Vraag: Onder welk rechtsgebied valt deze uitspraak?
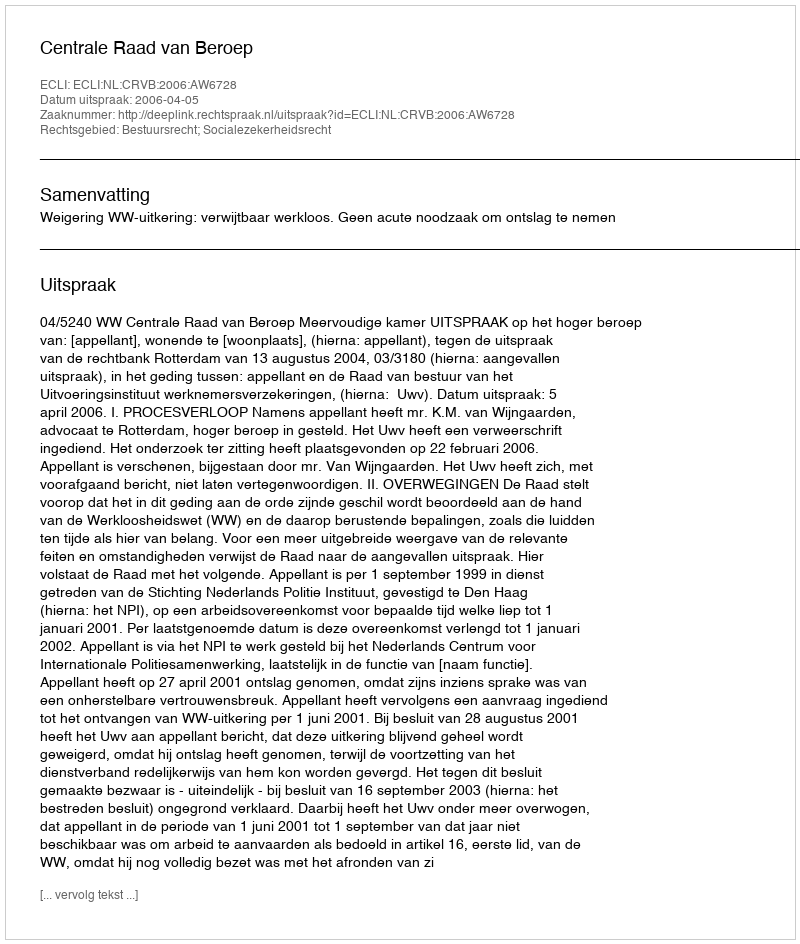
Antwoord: Bestuursrecht; Socialezekerheidsrecht